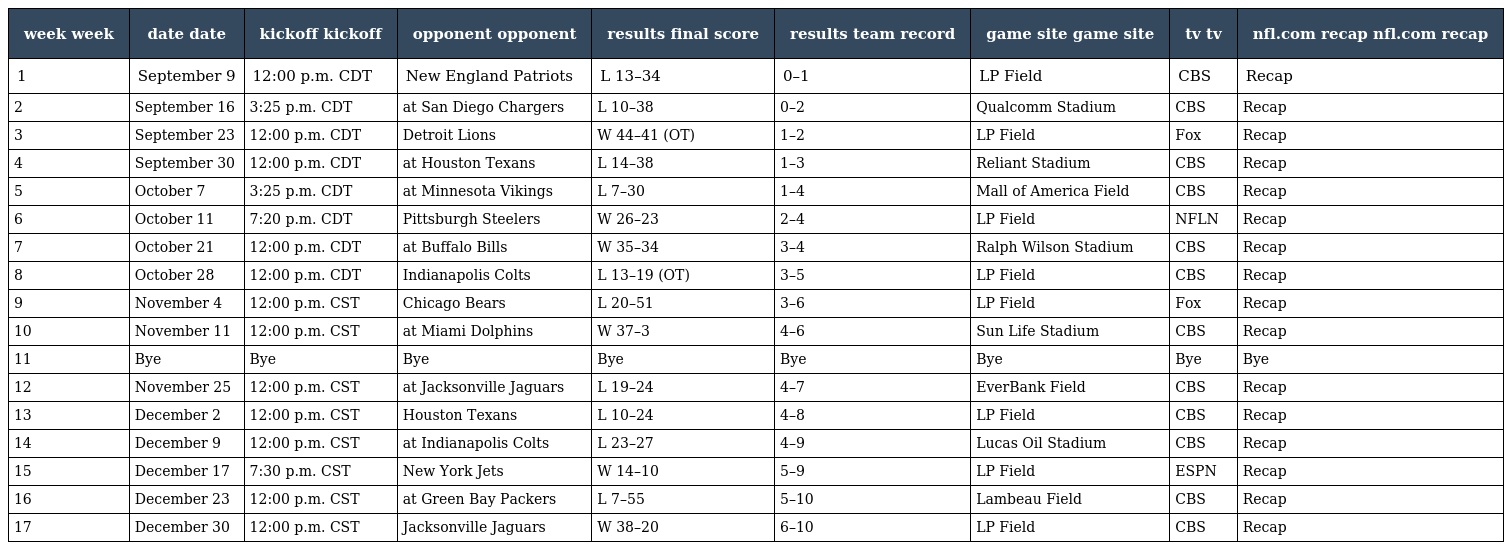
| week week | date date | kickoff kickoff | opponent opponent | results final score | results team record | game site game site | tv tv | nfl.com recap nfl.com recap |
 | --- | --- | --- | --- | --- | --- | --- | --- | --- |
 | 1 | September 9 | 12:00 p.m. CDT | New England Patriots | L 13–34 | 0–1 | LP Field | CBS | Recap |
 | 2 | September 16 | 3:25 p.m. CDT | at San Diego Chargers | L 10–38 | 0–2 | Qualcomm Stadium | CBS | Recap |
 | 3 | September 23 | 12:00 p.m. CDT | Detroit Lions | W 44–41 (OT) | 1–2 | LP Field | Fox | Recap |
 | 4 | September 30 | 12:00 p.m. CDT | at Houston Texans | L 14–38 | 1–3 | Reliant Stadium | CBS | Recap |
 | 5 | October 7 | 3:25 p.m. CDT | at Minnesota Vikings | L 7–30 | 1–4 | Mall of America Field | CBS | Recap |
 | 6 | October 11 | 7:20 p.m. CDT | Pittsburgh Steelers | W 26–23 | 2–4 | LP Field | NFLN | Recap |
 | 7 | October 21 | 12:00 p.m. CDT | at Buffalo Bills | W 35–34 | 3–4 | Ralph Wilson Stadium | CBS | Recap |
 | 8 | October 28 | 12:00 p.m. CDT | Indianapolis Colts | L 13–19 (OT) | 3–5 | LP Field | CBS | Recap |
 | 9 | November 4 | 12:00 p.m. CST | Chicago Bears | L 20–51 | 3–6 | LP Field | Fox | Recap |
 | 10 | November 11 | 12:00 p.m. CST | at Miami Dolphins | W 37–3 | 4–6 | Sun Life Stadium | CBS | Recap |
 | 11 | Bye | Bye | Bye | Bye | Bye | Bye | Bye | Bye |
 | 12 | November 25 | 12:00 p.m. CST | at Jacksonville Jaguars | L 19–24 | 4–7 | EverBank Field | CBS | Recap |
 | 13 | December 2 | 12:00 p.m. CST | Houston Texans | L 10–24 | 4–8 | LP Field | CBS | Recap |
 | 14 | December 9 | 12:00 p.m. CST | at Indianapolis Colts | L 23–27 | 4–9 | Lucas Oil Stadium | CBS | Recap |
 | 15 | December 17 | 7:30 p.m. CST | New York Jets | W 14–10 | 5–9 | LP Field | ESPN | Recap |
 | 16 | December 23 | 12:00 p.m. CST | at Green Bay Packers | L 7–55 | 5–10 | Lambeau Field | CBS | Recap |
 | 17 | December 30 | 12:00 p.m. CST | Jacksonville Jaguars | W 38–20 | 6–10 | LP Field | CBS | Recap |